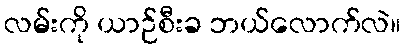
လမ်းကို ယာဉ်စီးခ ဘယ်လောက်လဲ။